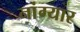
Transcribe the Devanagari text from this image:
नांग्यार